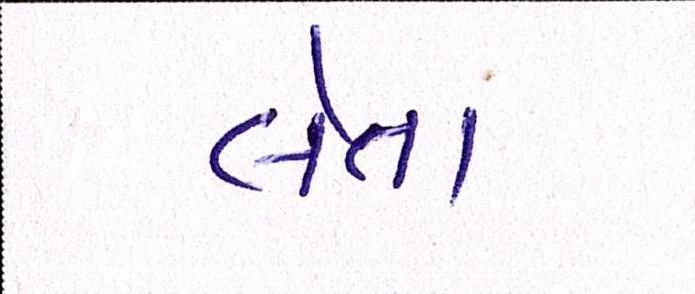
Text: લેતા